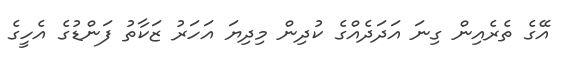
އޭގެ ތެރެއިން ގިނަ އަދަދެއްގެ ކުދިން މިދިޔަ އަހަރު ޒަކާތު ފަންޑުގެ އެހީގެ